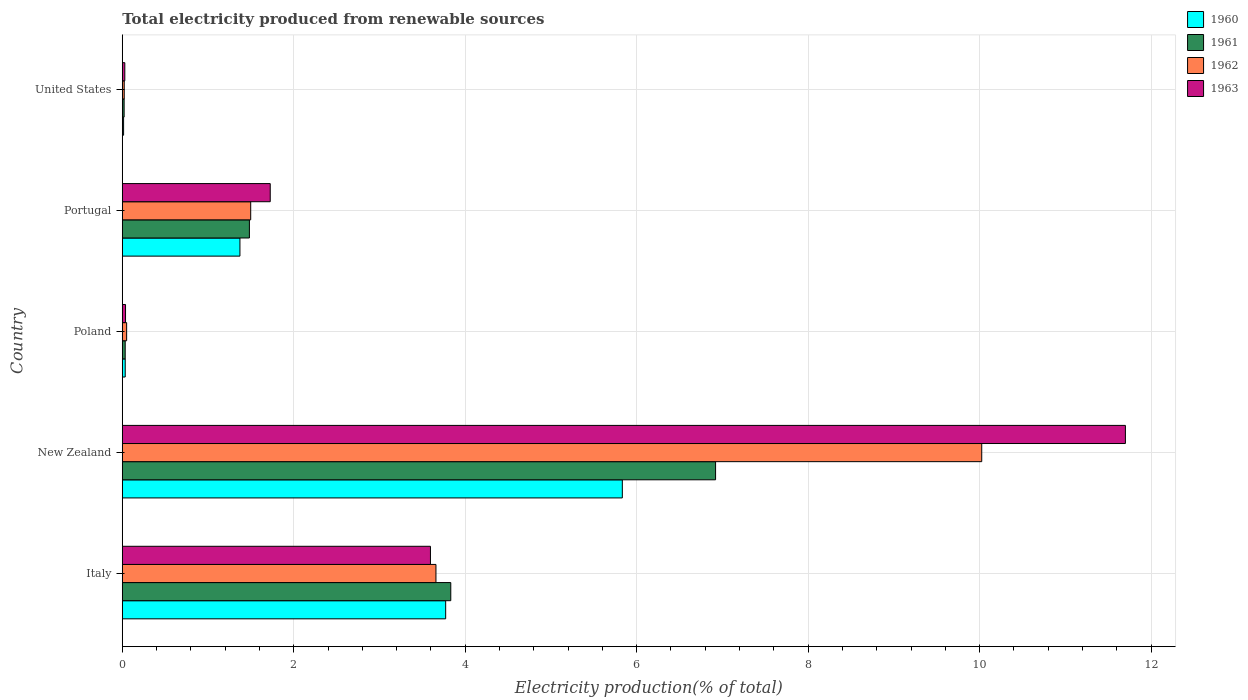
| Country | 1960 | 1961 | 1962 | 1963 |
 | --- | --- | --- | --- | --- |
 | Italy | 3.77 | 3.83 | 3.66 | 3.59 |
 | New Zealand | 5.83 | 6.92 | 10 | 11.7 |
 | Poland | 0.0342 | 0.0341 | 0.0509 | 0.0379 |
 | Portugal | 1.37 | 1.48 | 1.5 | 1.73 |
 | United States | 0.0153 | 0.0215 | 0.0228 | 0.0294 |